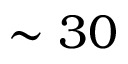
\sim 3 0